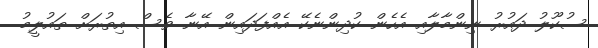
ސުކޫލު ދައުރު ނިންމާލާއި އެހެން ކުދިންނެކޭ އެއްފަދައިން އޭނާ ވެސް އިތުރަށް ތައުލީމު